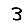
Digit: 3